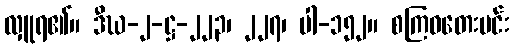
လှူရ၏။ ဒီဃ-၂-ဋ္ဌ-၂၂၃၊ ၂၂၇၊ ပါ-၁၅၂။ စကြဝတေးမင်း